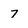
Character: 7